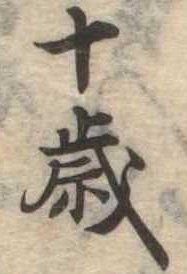
十歳